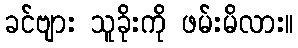
ခင်ဗျား သူခိုးကို ဖမ်းမိလား။